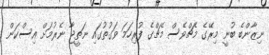
ނިޒާންބެ ބުނީ މިރޭގެ މެޗްވެސް މެޗްގެ ފުރިހަމަ ވަގުތުގައި ނަތީޖާ ނެރުމަށް އިސްކަން